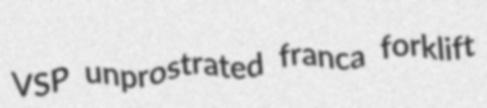
VSP unprostrated franca forklift